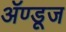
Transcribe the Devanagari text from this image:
ॲण्डूज